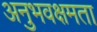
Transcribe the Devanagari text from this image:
अनुभवक्षमता